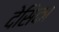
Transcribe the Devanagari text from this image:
देसिका